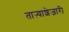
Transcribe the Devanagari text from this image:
ताऱ्याशेजारी